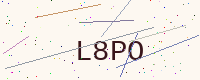
Text: L8PO